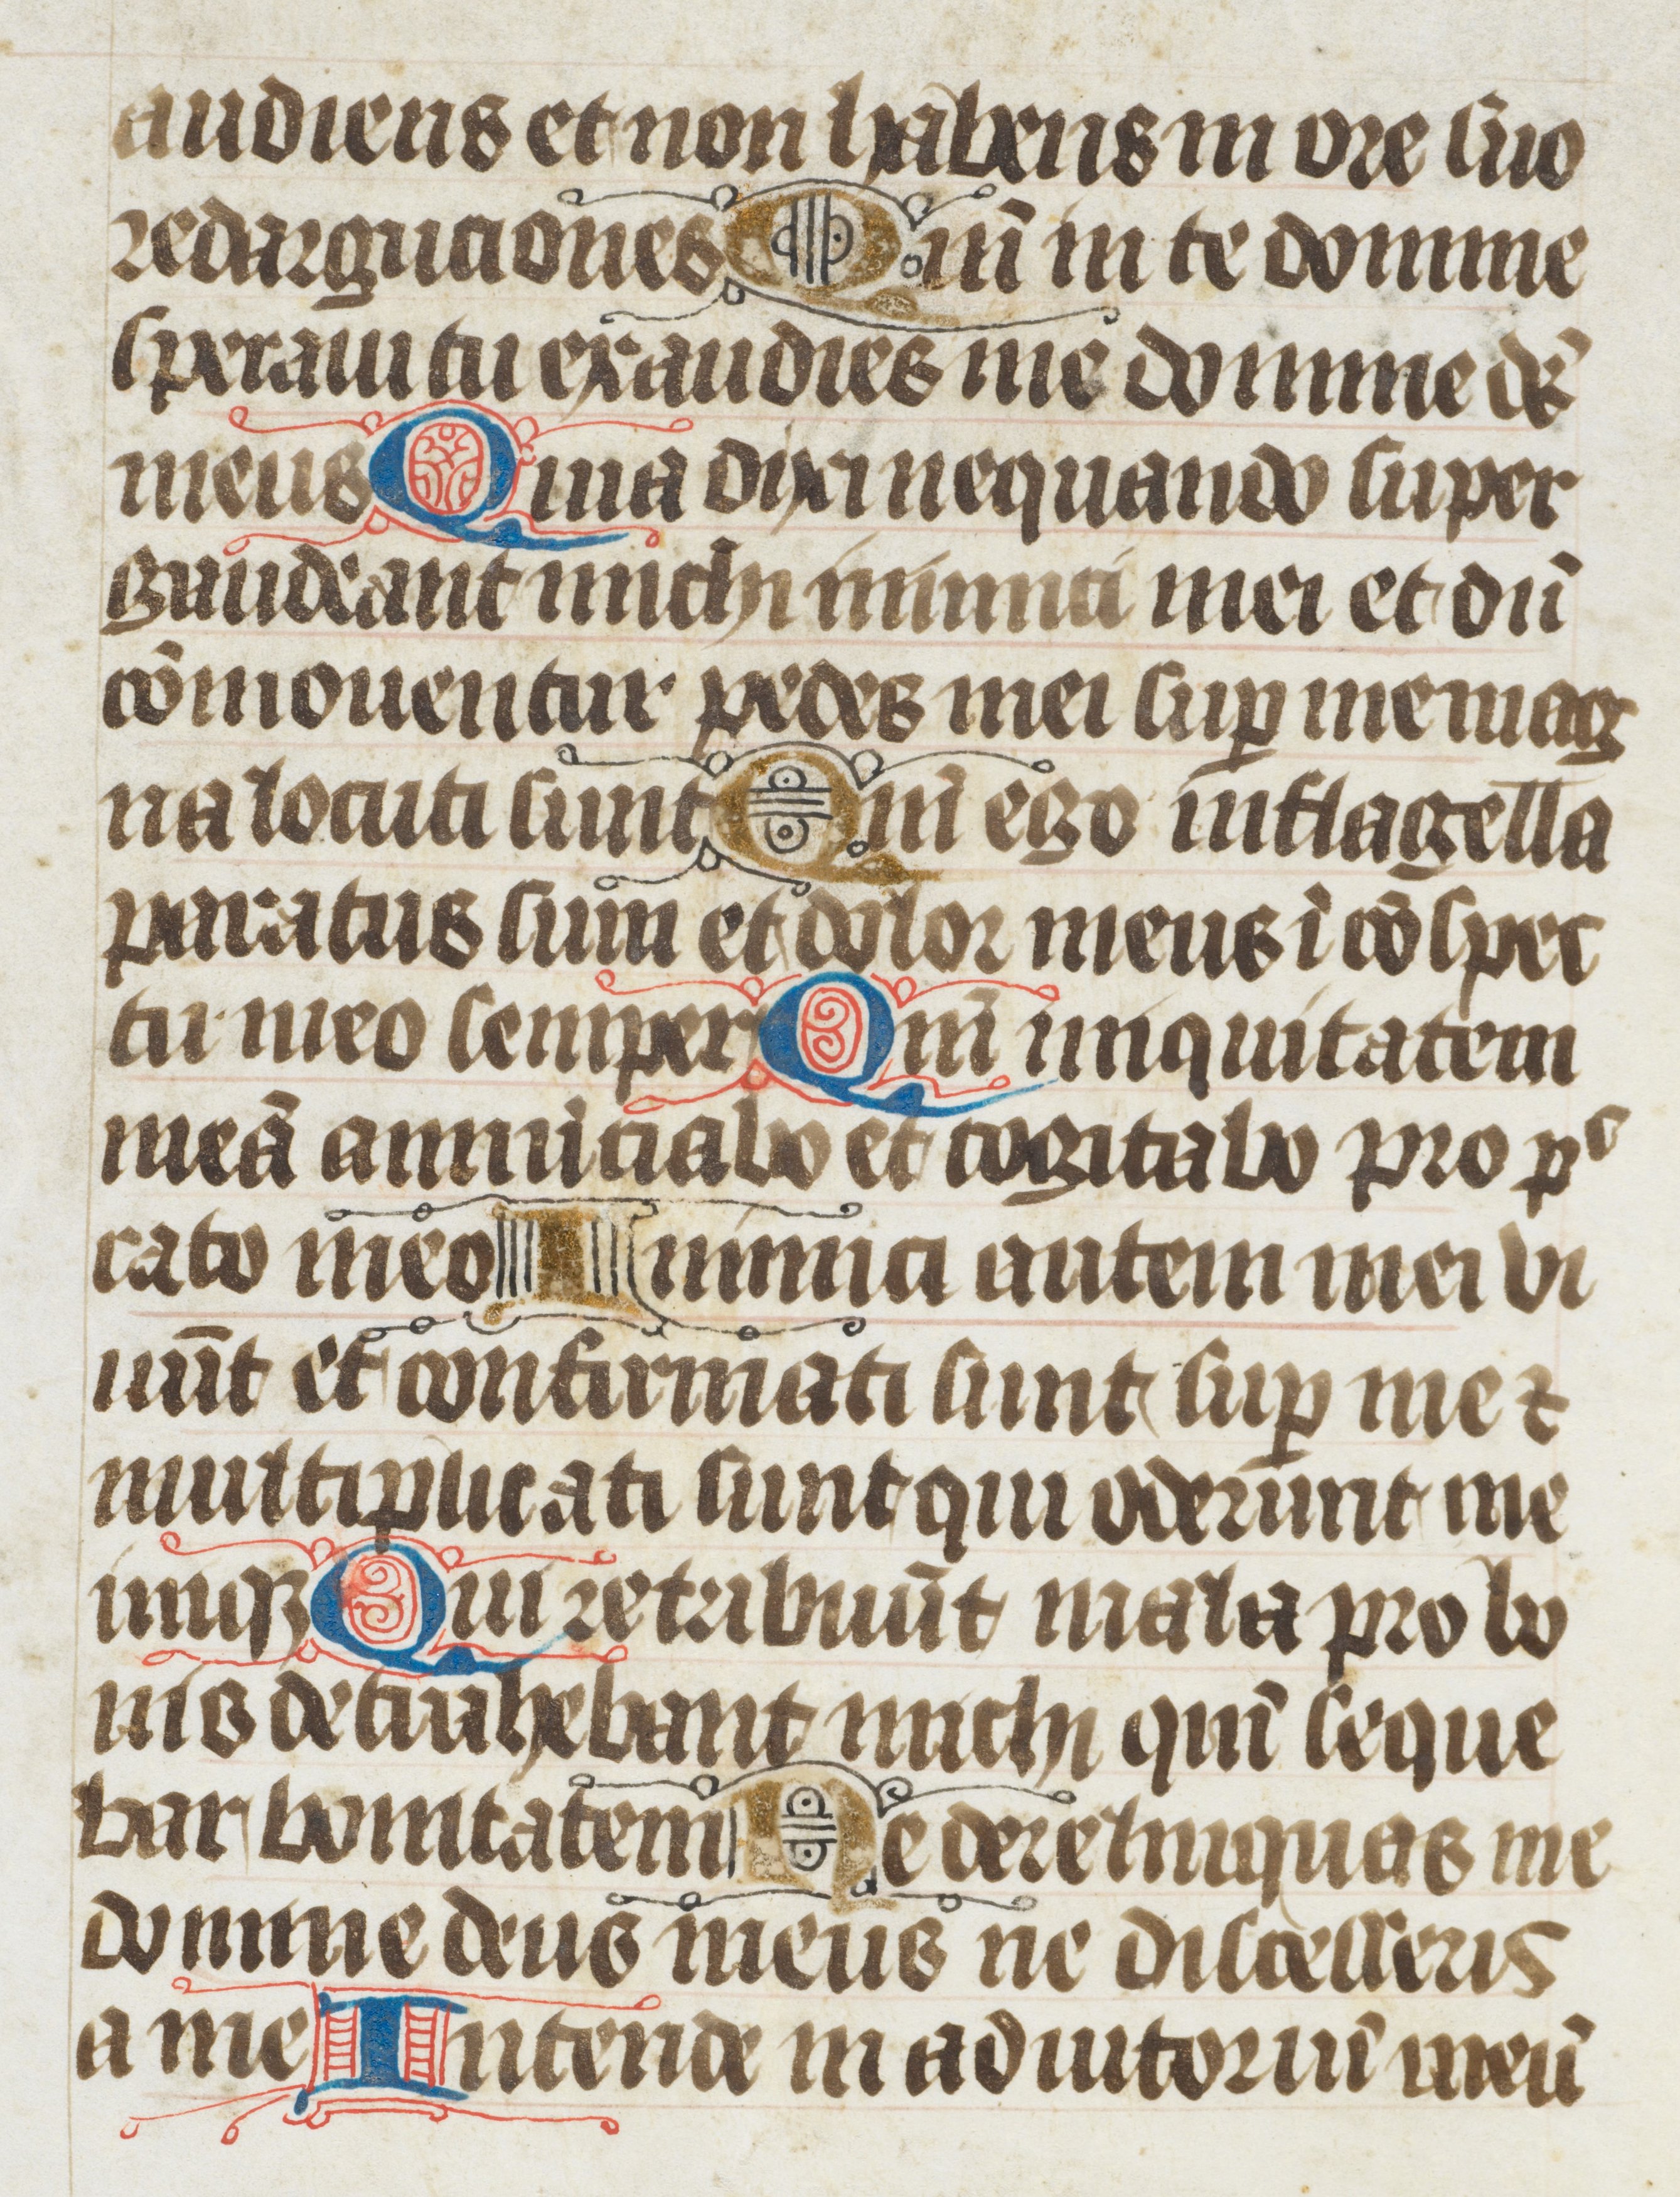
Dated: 1400–1499